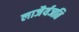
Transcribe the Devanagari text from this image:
लाजैर्यजति